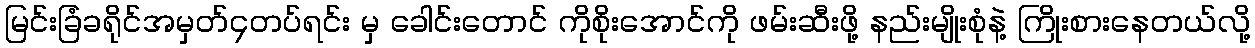
မြင်းခြံခရိုင်အမှတ်၄တပ်ရင်း မှ ခေါင်းတောင် ကိုစိုးအောင်ကို ဖမ်းဆီးဖို့ နည်းမျိုးစုံနဲ့ ကြိုးစားနေတယ်လို့